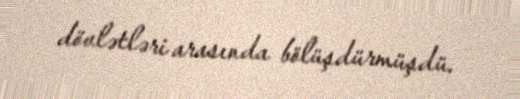
dövlətləri arasında bölüşdürmüşdü.